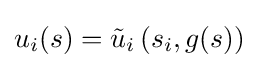
u_{i}(s)={\tilde {u}}_{i}\left(s_{i},g(s)\right)